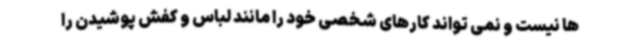
ها نیست و نمی تواند کارهای شخصی خود را مانند لباس و کفش پوشیدن را